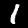
Digit: 1